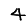
Digit: 4